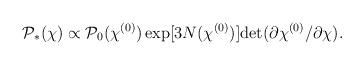
\begin{align*}{\cal P}_*(\chi) \propto {\cal P}_0(\chi^{(0)})\exp[3N(\chi^{(0)})]{\rm det}(\partial\chi^{(0)}/\partial\chi).\end{align*}